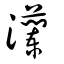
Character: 灡